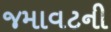
જમાવટની